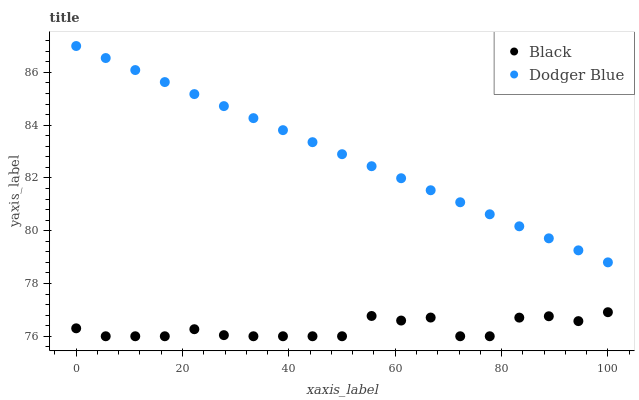
| xaxis_label | Black | Dodger Blue |
 | --- | --- | --- |
 | 0 | 76.3 | 87 |
 | 5.56 | 76 | 86.5 |
 | 11.1 | 76 | 86.1 |
 | 16.7 | 76 | 85.6 |
 | 22.2 | 76.3 | 85.2 |
 | 27.8 | 76 | 84.7 |
 | 33.3 | 76 | 84.3 |
 | 38.9 | 76 | 83.8 |
 | 44.4 | 76 | 83.4 |
 | 50 | 76 | 82.9 |
 | 55.6 | 76.8 | 82.4 |
 | 61.1 | 76.6 | 82 |
 | 66.7 | 76.7 | 81.5 |
 | 72.2 | 76 | 81.1 |
 | 77.8 | 76 | 80.6 |
 | 83.3 | 76.7 | 80.2 |
 | 88.9 | 76.8 | 79.7 |
 | 94.4 | 76.6 | 79.3 |
 | 100 | 76.9 | 78.8 |